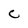
Character: c